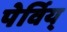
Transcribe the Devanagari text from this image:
पेर्विय्